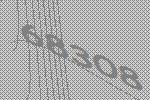
68308